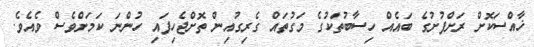
ޚާއްސަކޮށް ރަށްފުށުގެ ބައެއް ހިސާބުތަކުގެ މަގުތައް ގެރިގުއިން ތޮށްޖެހިފައި ހުންނަ ކަމަށްވެސް ވެއެވެ.